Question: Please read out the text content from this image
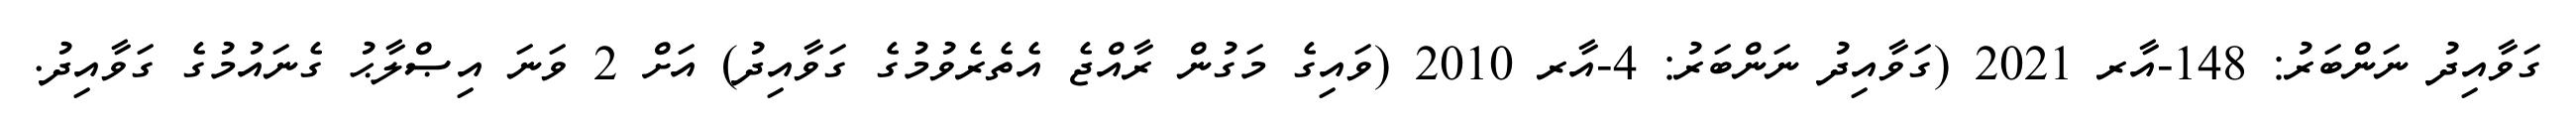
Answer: ގަވާއިދު ނަންބަރު: 148-އާރ 2021 (ގަވާއިދު ނަންބަރު: 4-އާރ 2010 (ވައިގެ މަގުން ރާއްޖެ އެތެރެވުމުގެ ގަވާއިދު) އަށް 2 ވަނަ އިޞްލާޙު ގެނައުމުގެ ގަވާއިދު.